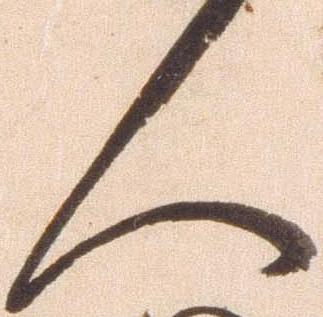
人